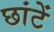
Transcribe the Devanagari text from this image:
छांटें